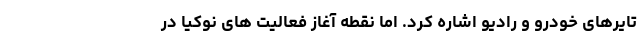
تایرهای خودرو و رادیو اشاره کرد. اما نقطه آغاز فعالیت های نوکیا در